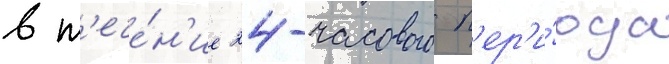
в т'ече́н'ие 24-часового п'ер'и́ода